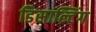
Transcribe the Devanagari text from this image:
डिसाल्टिंग